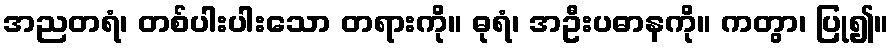
အညတရံ၊ တစ်ပါးပါးသော တရားကို။ ဓုရံ၊ အဦးပဓာနကို။ ကတွာ၊ ပြု၍။